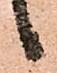
候